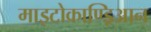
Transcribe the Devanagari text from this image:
माइटोकाण्ड्रिआन